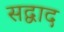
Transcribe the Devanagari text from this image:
सद्वाद